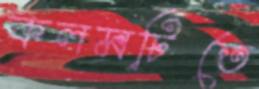
কলমটিতে